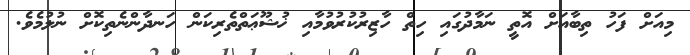
މިއަށް ފަހު ތިބާއަށް އޮތީ ނަމާދުގައި ހިތް ހާޒިރުކުރުވުމާއި ޚުޝޫޢަތްތެރިކަން ހަނދާންނެތިކޮށް ނުލުމެވެ.